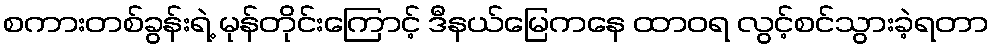
စကားတစ်ခွန်းရဲ့ မုန်တိုင်းကြောင့် ဒီနယ်မြေကနေ ထာဝရ လွင့်စင်သွားခဲ့ရတာ